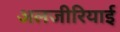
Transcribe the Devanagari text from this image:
अलजीरियाई